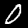
Digit: 0